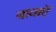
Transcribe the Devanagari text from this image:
बाधाऍ